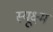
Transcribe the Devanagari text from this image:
स्यूक्ष्म